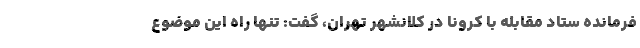
فرمانده ستاد مقابله با کرونا در کلانشهر تهران، گفت: تنها راه این موضوع